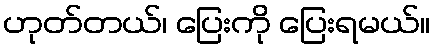
ဟုတ်တယ်၊ ပြေးကို ပြေးရမယ်။